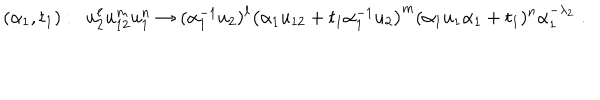
LaTeX: ( \alpha _ { 1 } , t _ { 1 } ) : \ \ u _ { 2 } ^ { \ell } u _ { 1 2 } ^ { m } u _ { 1 } ^ { n } \to ( \alpha _ { 1 } ^ { - 1 } u _ { 2 } ) ^ { \ell } \left( \alpha _ { 1 } u _ { 1 2 } + t _ { 1 } \alpha _ { 1 } ^ { - 1 } u _ { 2 } \right) ^ { m } ( \alpha _ { 1 } u _ { 1 } \alpha _ { 1 } + t _ { 1 } ) ^ { n } \alpha _ { 1 } ^ { - \lambda _ { 2 } } \; .